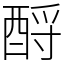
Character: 酹